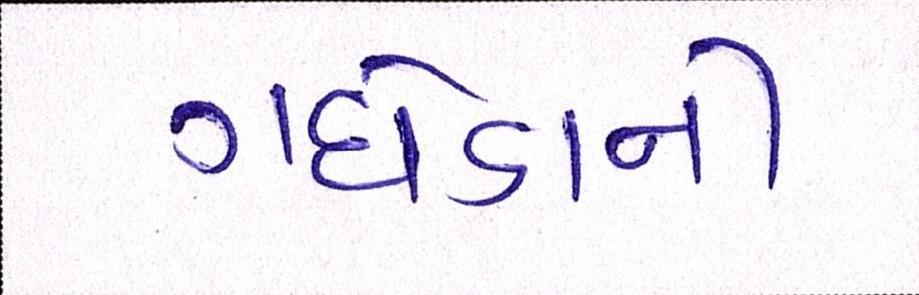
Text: ગધેડાની